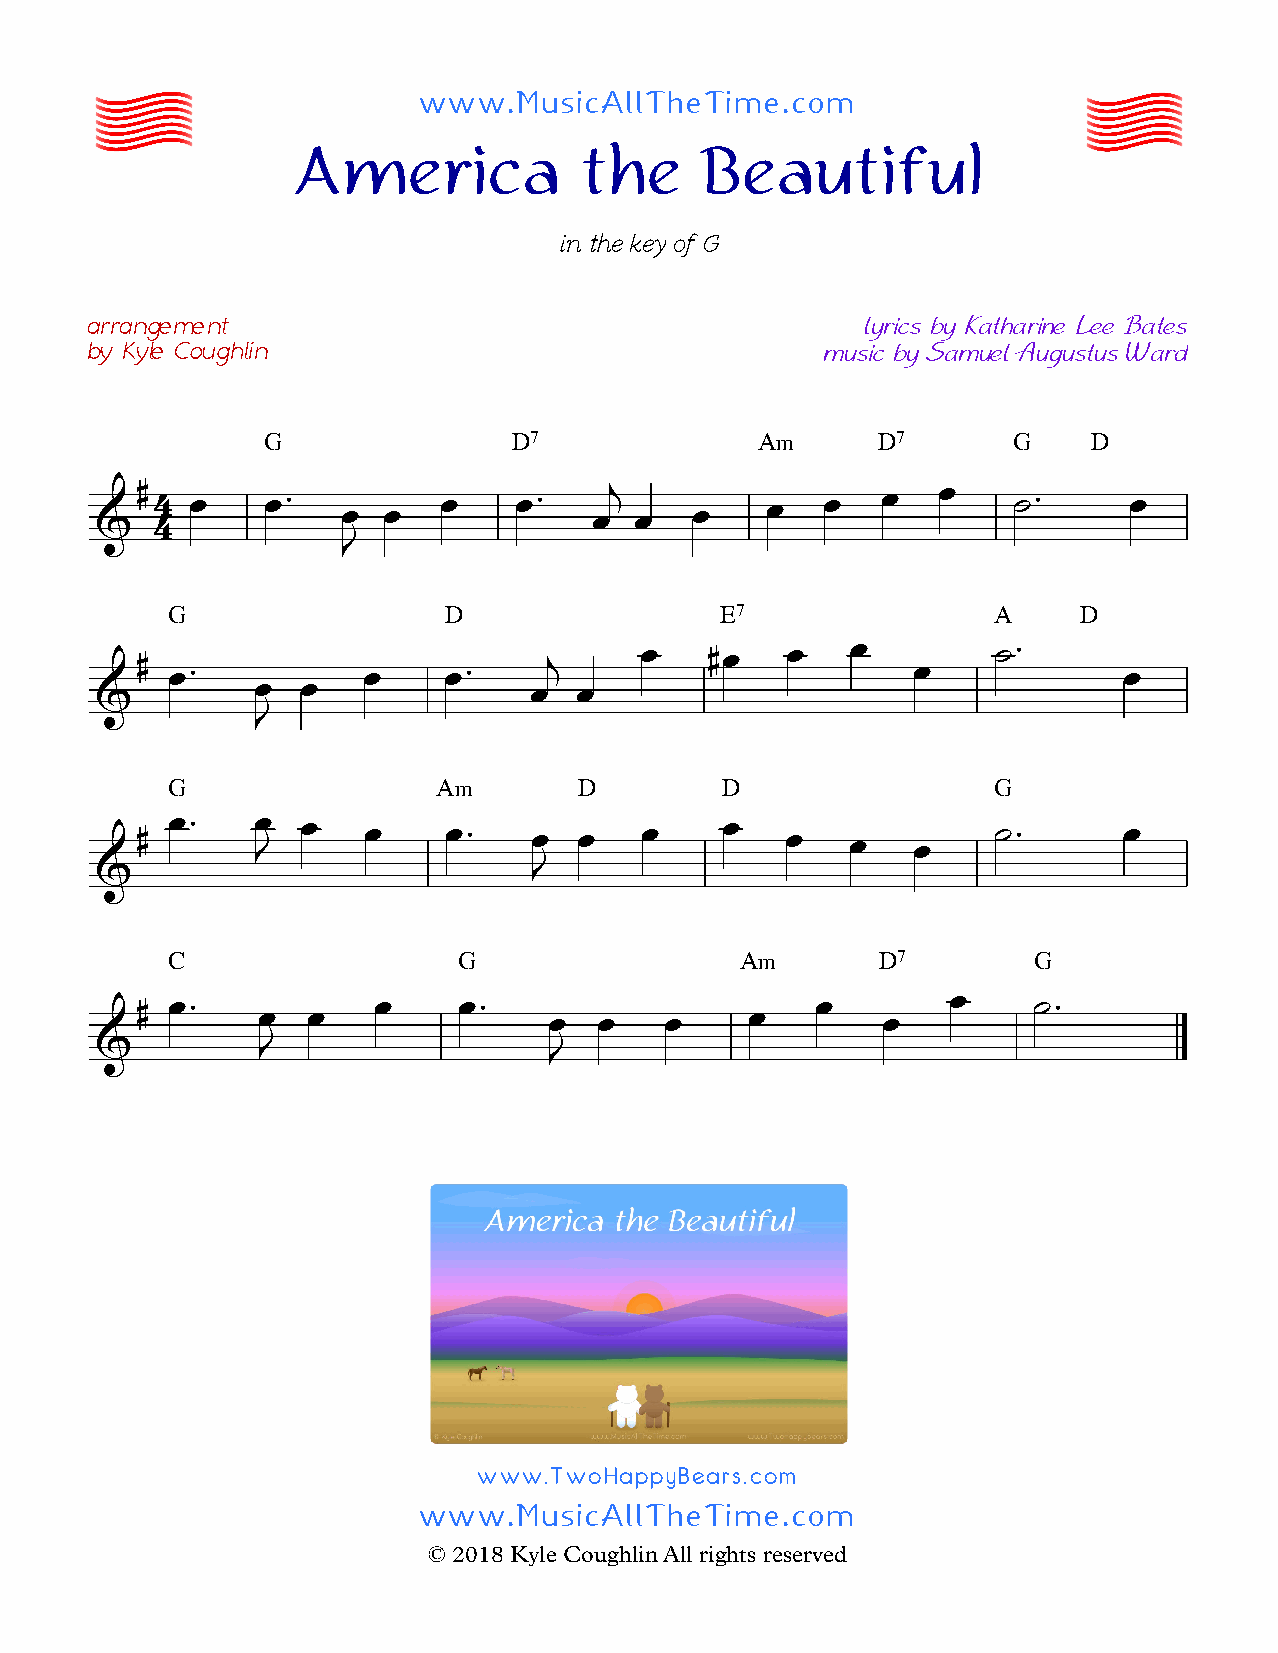
www.MusicAllTheTime.com
 America            the     Beautiful
 in the key of G
 arrangement                                        lyrics by Katharine Lee Bates
 by Kyle Coughlin                                music by Samuel Augustus Ward
 G                D7              A‹      D7       G    D
 &#  4 4 f   f™   f f   f    f™   fj f   f    f   f  f   f    F™      f
 J
 G                 D                  E7                A    D
 #                          j     f    #f   f   f         F™
 f™           f    f™                             f             f
 &          f  f              f  f
 J
 G                 A‹       D         D                 G
 # f™    f J f  f    f™    f  f   f     f   f   f   f     F™      f
 &                            J
 C                  G                  A‹       D7        G
 # f™            f    f™                      f        f    F™
 f  f               f   f   f     f       f
 &          J                  J
 www.TwoHappyBears.com
 www.MusicAllTheTime.com
 © 2018 Kyle Coughlin All rights reserved